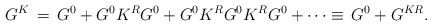
\begin{align*}G^K\,=\,G^0+G^0K^RG^0+G^0K^RG^0K^RG^0+\cdots\equiv\,G^0+G^{KR}.\end{align*}